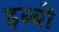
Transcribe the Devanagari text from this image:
इब्बी